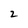
Character: 2